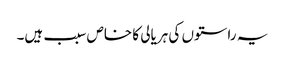
یہ راستوں کی ہریالی کا خاص سبب ہیں۔